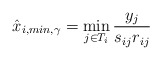
\begin{align*}\hat{x}_{i,min,\gamma} = \min_{j\in T_i} \frac{y_j}{s_{ij}r_{ij}}\end{align*}